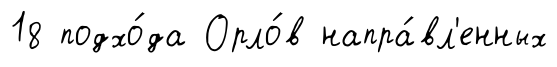
18 подхо́да Орло́в напра́вл'енных